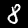
Label: 8